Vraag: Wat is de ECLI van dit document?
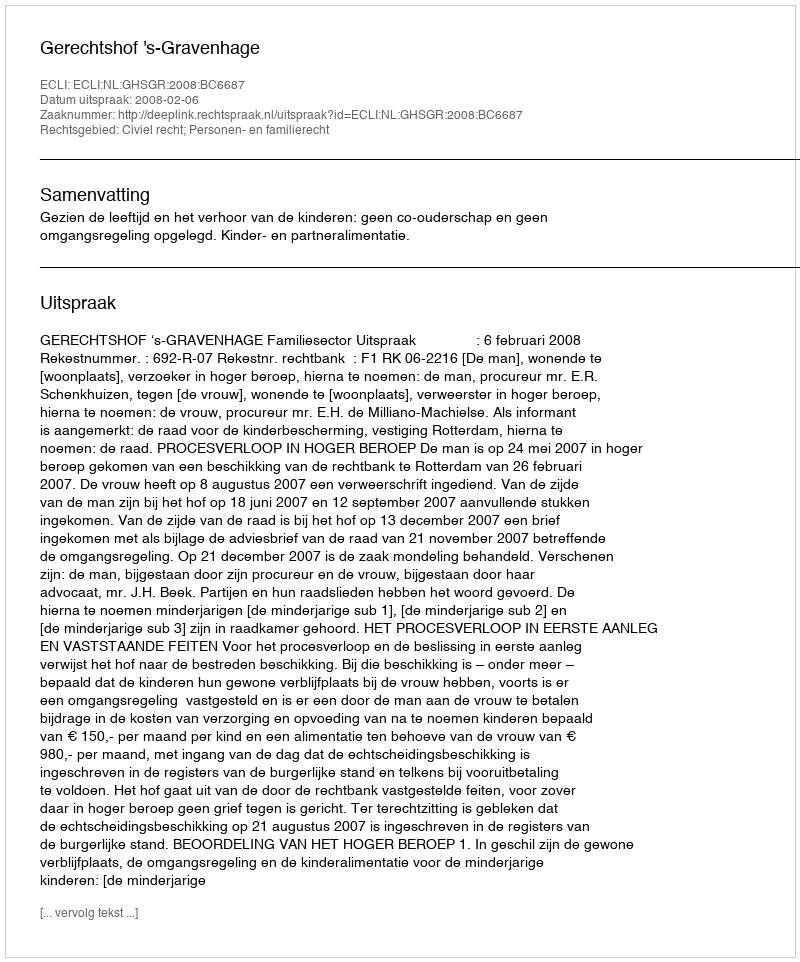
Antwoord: ECLI:NL:GHSGR:2008:BC6687